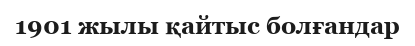
1901 жылы қайтыс болғандар